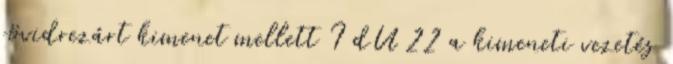
rövidrezárt kimenet mellett I dU 22 a kimeneti vezetés